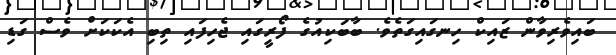
ބައިވެރިވާން ޒައިކް ހިނގައިގަތެވެ. ބާބަކިއުގެ ފޯރީގައި ޖެހިފައި ތިބި އެކަކަށް ވެސް ގަޑި